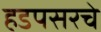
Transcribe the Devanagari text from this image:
हडपसरचे